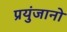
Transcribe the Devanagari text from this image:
प्रयुंजानो